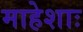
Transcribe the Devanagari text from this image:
माहेशाः